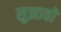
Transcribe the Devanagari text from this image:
सुझावो